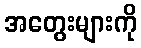
အတွေးများကို